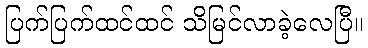
ပြက်ပြက်ထင်ထင် သိမြင်လာခဲ့လေပြီ။